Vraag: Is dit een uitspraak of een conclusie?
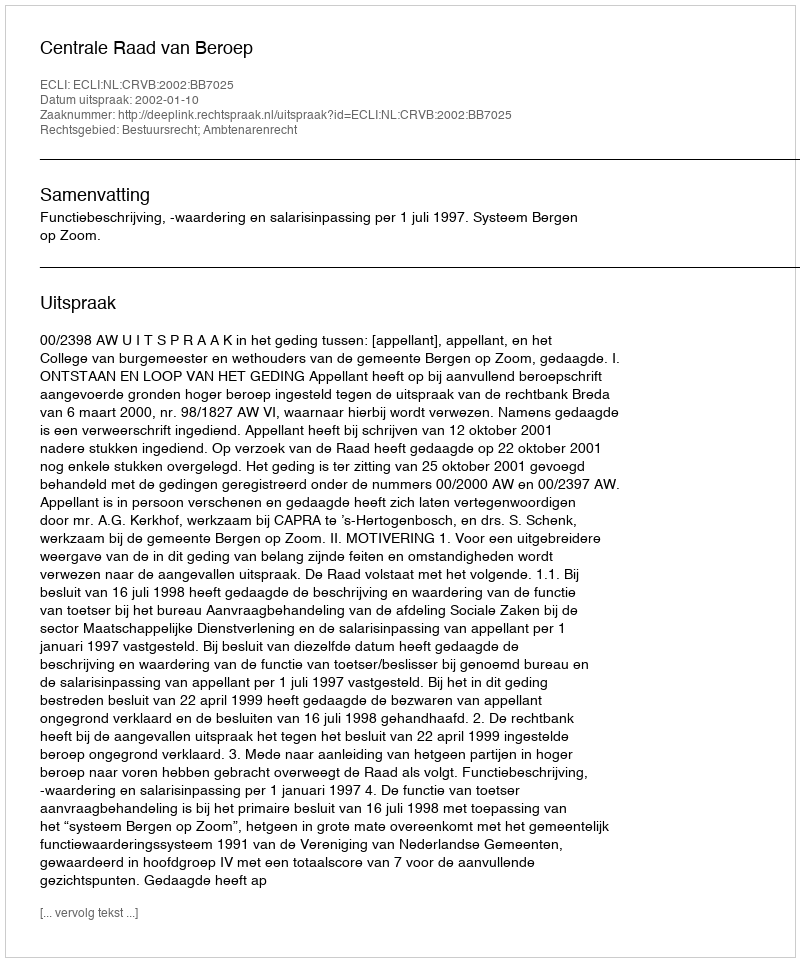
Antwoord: Uitspraak